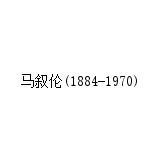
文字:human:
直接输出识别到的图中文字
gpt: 马叙伦(1884-1970)